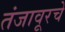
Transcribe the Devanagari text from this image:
तंजावूरचे